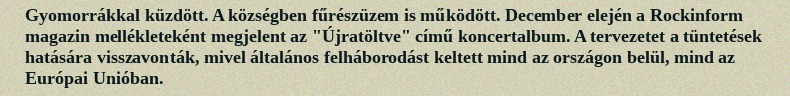
Gyomorrákkal küzdött. A községben fűrészüzem is működött. December elején a Rockinform magazin mellékleteként megjelent az "Újratöltve" című koncertalbum. A tervezetet a tüntetések hatására visszavonták, mivel általános felháborodást keltett mind az országon belül, mind az Európai Unióban.